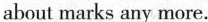
about marks any more.